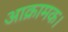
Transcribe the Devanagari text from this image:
आक्रामक।